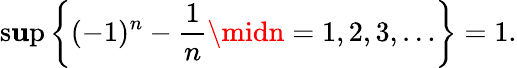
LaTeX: \operatorname*{s\mathbf{u}p}\left\{ (-1)^{n}-{\frac{{1}}{{n}}}\midn=1,2,3,\ldots\right\} =1.